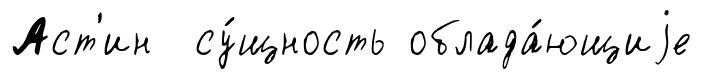
Аст'ин су́щность облада́ющиjе